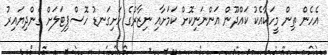
އެހެން ތިން މީހަކާއެކު ކައްދޫން އަންނަނިކޮށް ކަމަށާއި ނިޒާރުގެ ހަށިގަނޑު ހޮސްޕިޓަލަށް ގެންދިޔައިރު